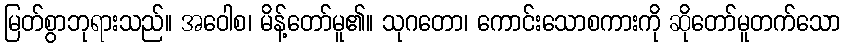
မြတ်စွာဘုရားသည်။ အဝေါစ၊ မိန့်တော်မူ၏။ သုဂတော၊ ကောင်းသောစကားကို ဆိုတော်မူတက်သော